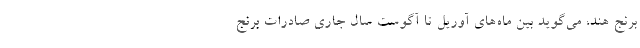
برنج هند، می‌گوید بین ماه‌های آوریل تا آگوست سال جاری صادرات برنج